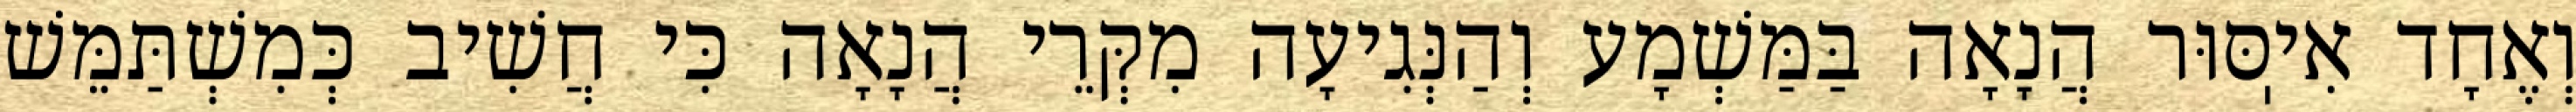
וְאֶחָד אִיֽסּוּר הֲנָאָה בַּמַּשְׁמָע וְהַנְּגִיעָה מִקְּרֵי הֲנָאָה כִּי חֲשִׁיב כְּמִשְׁתַּמֵּשׁ